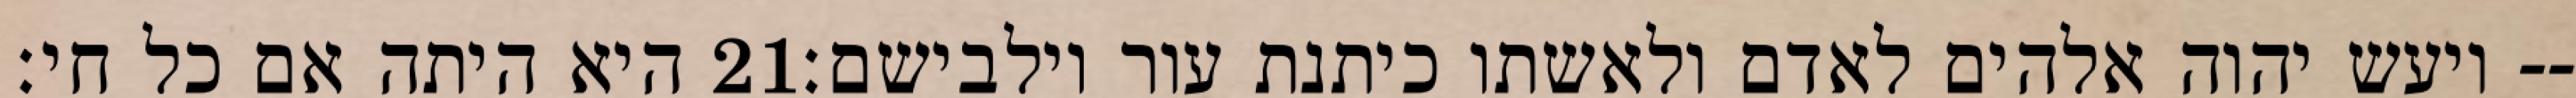
היא היתה אם כל חי׃ ‎21‏ ויעש יהוה אלהים לאדם ולאשתו כיתנת עור וילבישם׃--